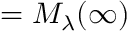
\d M = M _ { \lambda } ( \infty )